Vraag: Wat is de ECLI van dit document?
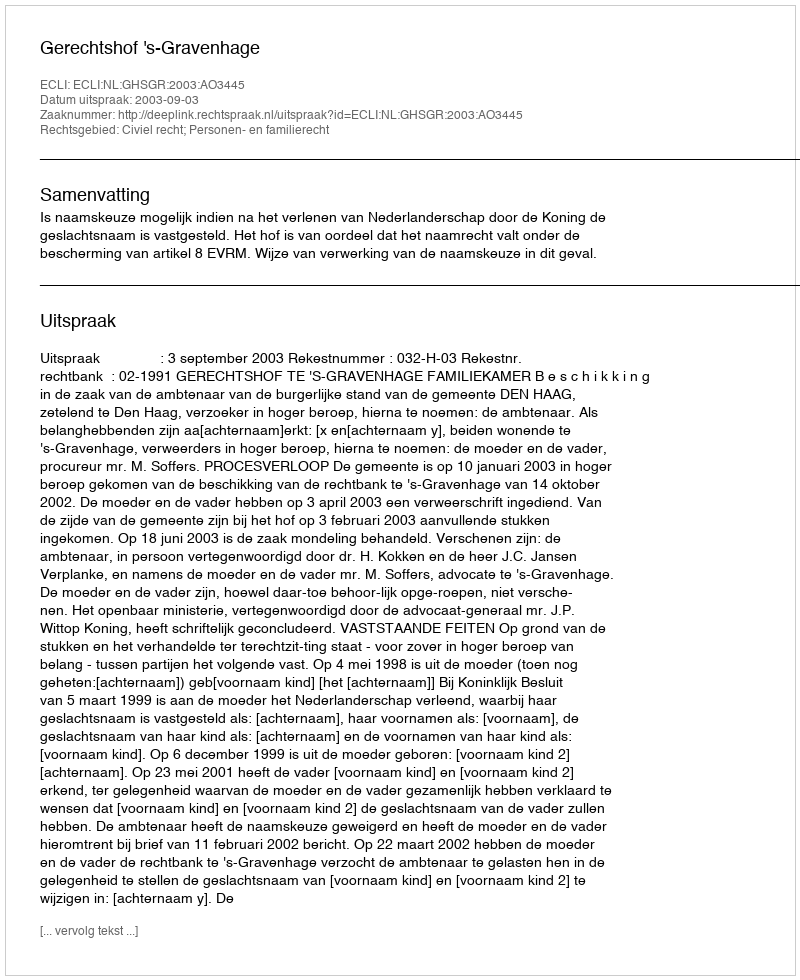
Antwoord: ECLI:NL:GHSGR:2003:AO3445